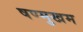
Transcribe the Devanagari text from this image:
षण्मुखम